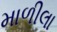
માળીલા